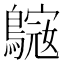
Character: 𪄓